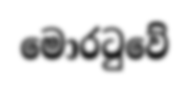
මොරටුවේ